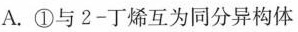
A.①与2-丁烯互为同分异构体